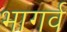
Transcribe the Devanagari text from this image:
भागर्व